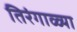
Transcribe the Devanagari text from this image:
तिरंगाळ्या